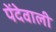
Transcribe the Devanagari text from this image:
पेंदेवाली